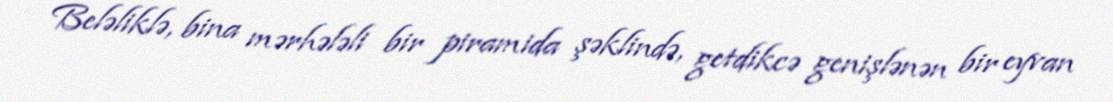
Beləliklə, bina mərhələli bir piramida şəklində, getdikcə genişlənən bir eyvan